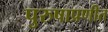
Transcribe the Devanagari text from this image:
पुरुषाप्रणीत